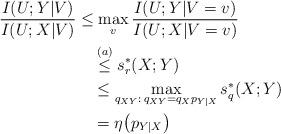
LaTeX: \begin{align*}\frac{I(U;Y|V)}{I(U;X|V)} & \leq \max_{v}\frac{I(U;Y|V=v)}{I(U;X|V=v)}\\&\quad\overset{(a)}{\leq} s^*_r(X;Y)\\&\quad\leq \max_{\substack{q_{XY}:\: q_{XY}=q_{X}p_{Y|X}}}s_q^*(X;Y)\\&\quad=\eta\big(p_{Y|X}\big)\end{align*}